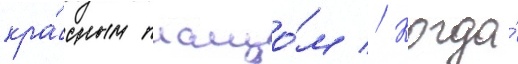
кра́сным плащо́м // Когда́